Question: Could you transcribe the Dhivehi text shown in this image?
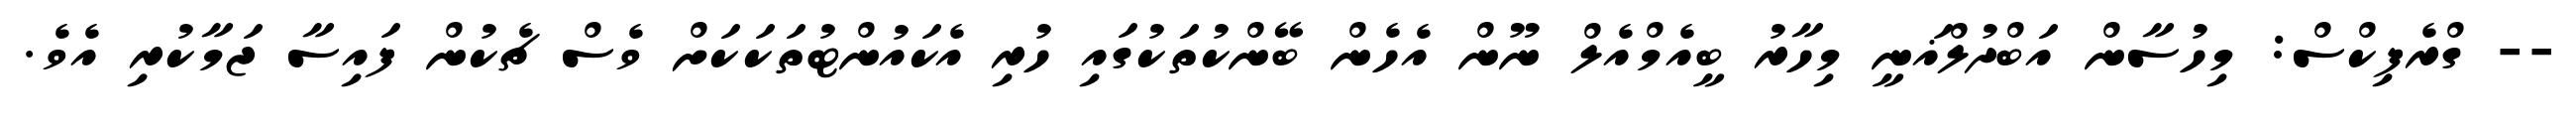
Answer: -- ގްރެފިކްސް: މިހުސާން އަބްދުލްޣަނީ މިހާރު ބީއެމްއެލް ނޫން އެހެން ބޭންކުތަކުގައި ހުރި އެކައުންޓުތަކަކަށް ވެސް ޗެކުން ފައިސާ ޖަމާކުރި އެވެ.